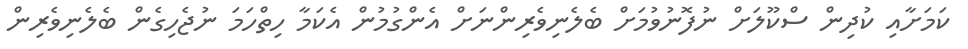
ކަމަށާއި ކުދިން ސްކޫލަށް ނުފޮނުވުމަށް ބެލެނިވެރިންނަށް އެންގުމުން އެކަމާ ހިތްހަމަ ނުޖެހިގެން ބެލެނިވެރިން